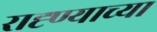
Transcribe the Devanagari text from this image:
राह्ण्याच्या